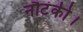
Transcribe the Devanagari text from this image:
नौटंकी।